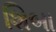
શિબા